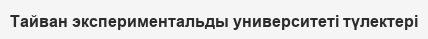
Тайван экспериментальды университеті түлектері